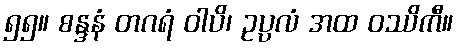
၅၅။ စန္ဒနံ တဂရံ ဝါပိ၊ ဥပ္ပလံ အထ ဝဿိကီ။